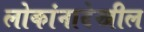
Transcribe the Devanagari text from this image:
लोकांनादेखील